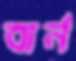
বার্ন